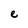
Character: e